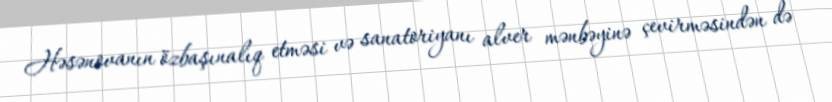
Həsənovanın özbaşınalıq etməsi və sanatoriyanı alver mənbəyinə çevirməsindən də